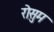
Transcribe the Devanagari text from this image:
रोसुम